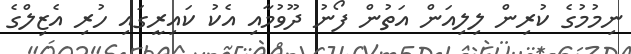
ނިމުމުގެ ކުރިން ލިލިއަން އަތުން ފޯނު ދޫވުމާއި އެކު ކައިރީގައި ހުރި އެޒިލްގެ